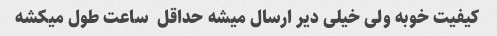
کیفیت خوبه ولی خیلی دیر ارسال میشه حداقل  ساعت طول میکشه